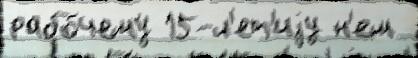
рабо́чему 15-л'ет'иjу н'ем